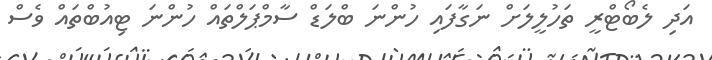
އަދި ލެބޯޓްރީ ތަހުލީލަށް ނަގާފައި ހުންނަ ބްލަޑް ސާމްޕަލްތައް ހުންނަ ޓިއުބްތައް ވެސް